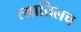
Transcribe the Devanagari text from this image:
त्यातिलच